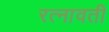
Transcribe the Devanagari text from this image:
रत्नावती